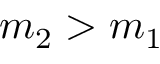
m _ { 2 } > m _ { 1 }